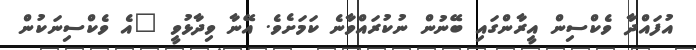
އުފައްދާ ވެކްސިން އީރާންގައި ބޭނުން ނުކުރައްވާނެ ކަމަށެވެ. އޭނާ ވިދާޅުވީ "އެ ވެކްސިނަކުން